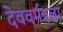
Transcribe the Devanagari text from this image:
देववर्मनला